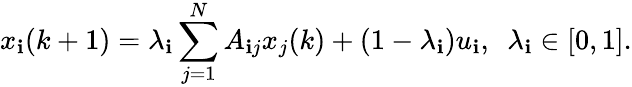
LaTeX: x_{\mathbf{i}}(k+1)=\lambda_{\mathbf{i}}\sum_{j=1}^{N}A_{\mathbf{i}j}x_{j}(k)+(1-\lambda_{\mathbf{i}})u_{\mathbf{i}},\ \ \lambda_{\mathbf{i}}\in[0,1].